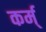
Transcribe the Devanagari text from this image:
कर्म्